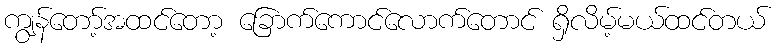
ကျွန်တော့်အထင်တော့ ခြောက်ကောင်လောက်တောင် ရှိလိမ့်မယ်ထင်တယ်